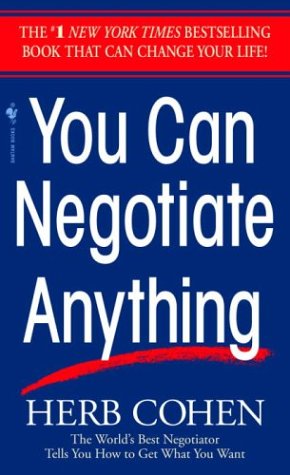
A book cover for You Can Negotiate Anything: The World's Best Negotiator Tells You How To Get What You Want; Herb Cohen; Business & Money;